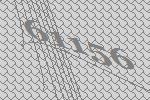
61156